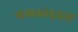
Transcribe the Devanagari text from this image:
कमस्पंदनता